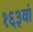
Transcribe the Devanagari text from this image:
१६३वां